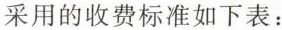
采用的收费标准如下表：